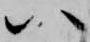
八